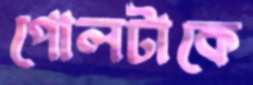
পোলটাকে